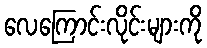
လေကြောင်းလိုင်းများကို